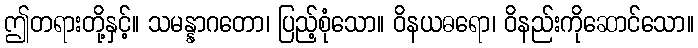
ဤတရားတို့နှင့်။ သမန္နာဂတော၊ ပြည့်စုံသော။ ဝိနယဓရော၊ ဝိနည်းကိုဆောင်သော။